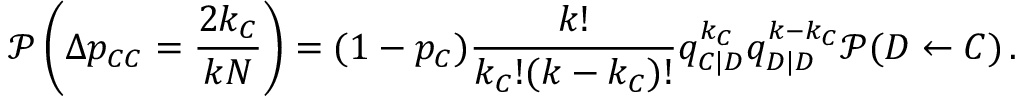
\mathcal { P } \left( \Delta p _ { C C } = \frac { 2 k _ { C } } { k N } \right) = ( 1 - p _ { C } ) \frac { k ! } { k _ { C } ! ( k - k _ { C } ) ! } q _ { C | D } ^ { k _ { C } } q _ { D | D } ^ { k - k _ { C } } \mathcal { P } ( D \gets C ) \, .